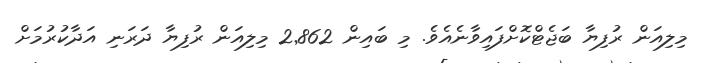
މިލިއަން ރުފިޔާ ބަޖެޓްކޮށްފައިވާނެއެވެ. މި ބައިން 2